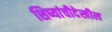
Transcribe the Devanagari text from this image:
शिष्यांचीदेखील